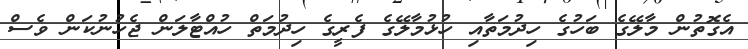
އެގޮތުން މާލޭގެ ބަހުގެ ހިދުމަތާއި ހުޅުމާލޭގެ ފެރީގެ ހިދުމަތް ހުއްޓާލަން ޖެހުނުކަން ވެސް